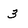
Character: 3